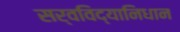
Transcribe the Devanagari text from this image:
सर्वविद्यानिधान